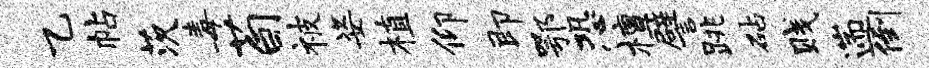
乙帖茨毒荀被姿植仰即鄂恐檀譬跳砧贱遄倒